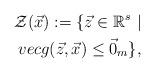
LaTeX: \begin{align*}\mathcal{Z}(\vec{x}):=\{\vec{z}\in \mathbb{R}^{s} \ | \\vec{g}(\vec{z},\vec{x})\leq \vec{0}_{m} \},\end{align*}